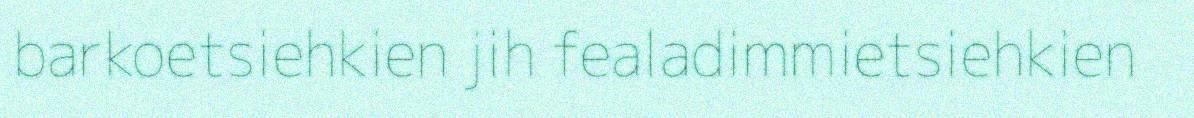
barkoetsiehkien jih fealadimmietsiehkien